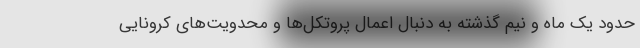
حدود یک ماه و نیم گذشته به دنبال اعمال پروتکل‌ها و محدویت‌های کرونایی